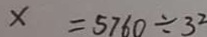
x = 5 7 6 0 \div 3 ^ { 2 }